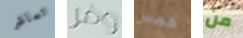
تعاشر وفر همس من